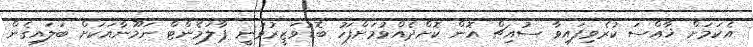
އެކަމަށް ޚާއްސަ ކުރެވިފައިވާ ސުއިޗް އޮން ކޮށްދެއްވުމަށްފަހު ބޮޑުވަޒީރުވަނީ ޕާލަމެންޓް ނަމޫނާއަކަށް ބަލައިގެން